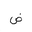
Letter: _dad